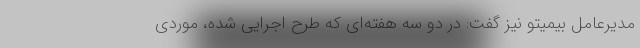
مدیرعامل بیمیتو نیز گفت: در دو سه هفته‌ای که طرح اجرایی شده، موردی